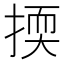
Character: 㨎